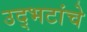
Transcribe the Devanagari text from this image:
उद्भटांचे